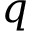
q